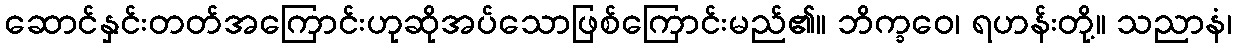
ဆောင်နှင်းတတ်အကြောင်းဟုဆိုအပ်သောဖြစ်ကြောင်းမည်၏။ ဘိက္ခဝေ၊ ရဟန်းတို့။ သညာနံ၊